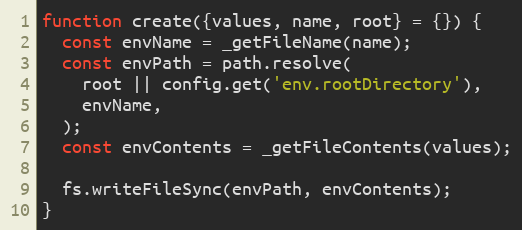
Language: JavaScript
function create({values, name, root} = {}) {
  const envName = _getFileName(name);
  const envPath = path.resolve(
    root || config.get('env.rootDirectory'),
    envName,
  );
  const envContents = _getFileContents(values);

  fs.writeFileSync(envPath, envContents);
}